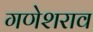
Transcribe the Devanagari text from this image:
गणेशराव